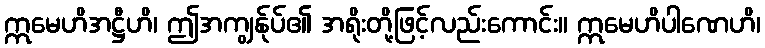
ဣမေဟိအဋ္ဌီဟိ၊ ဤအကျွန်ုပ်၏ အရိုးတို့ဖြင့်လည်းကောင်း။ ဣမေဟိပါဏေဟိ၊